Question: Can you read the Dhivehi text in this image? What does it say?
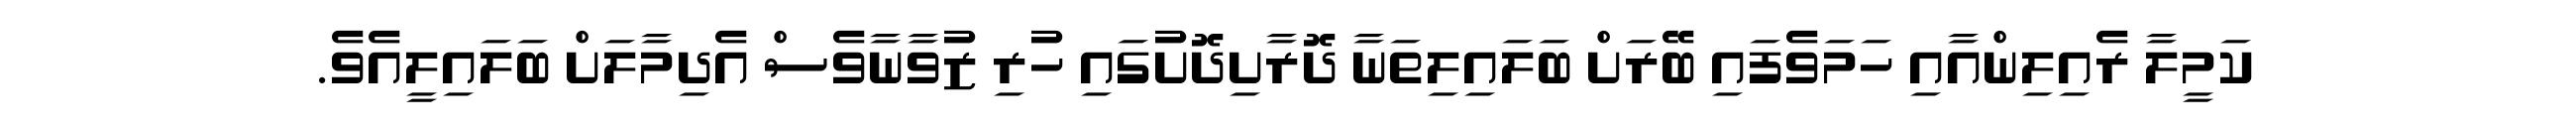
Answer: ކަމީލާ ރެއިލިންއާއި ހަމަވެފައި ބޭރަށް ބަލައިލިތަނާ ދޮރާށިދޮށުގައި ހުރި ޒުވާނާވެސް އެދިމާލަށް ބަލައިލީއެވެ.